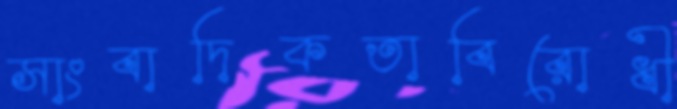
সাংবাদিকতাবিরোধী